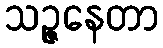
သဉ္ဇနေတာ